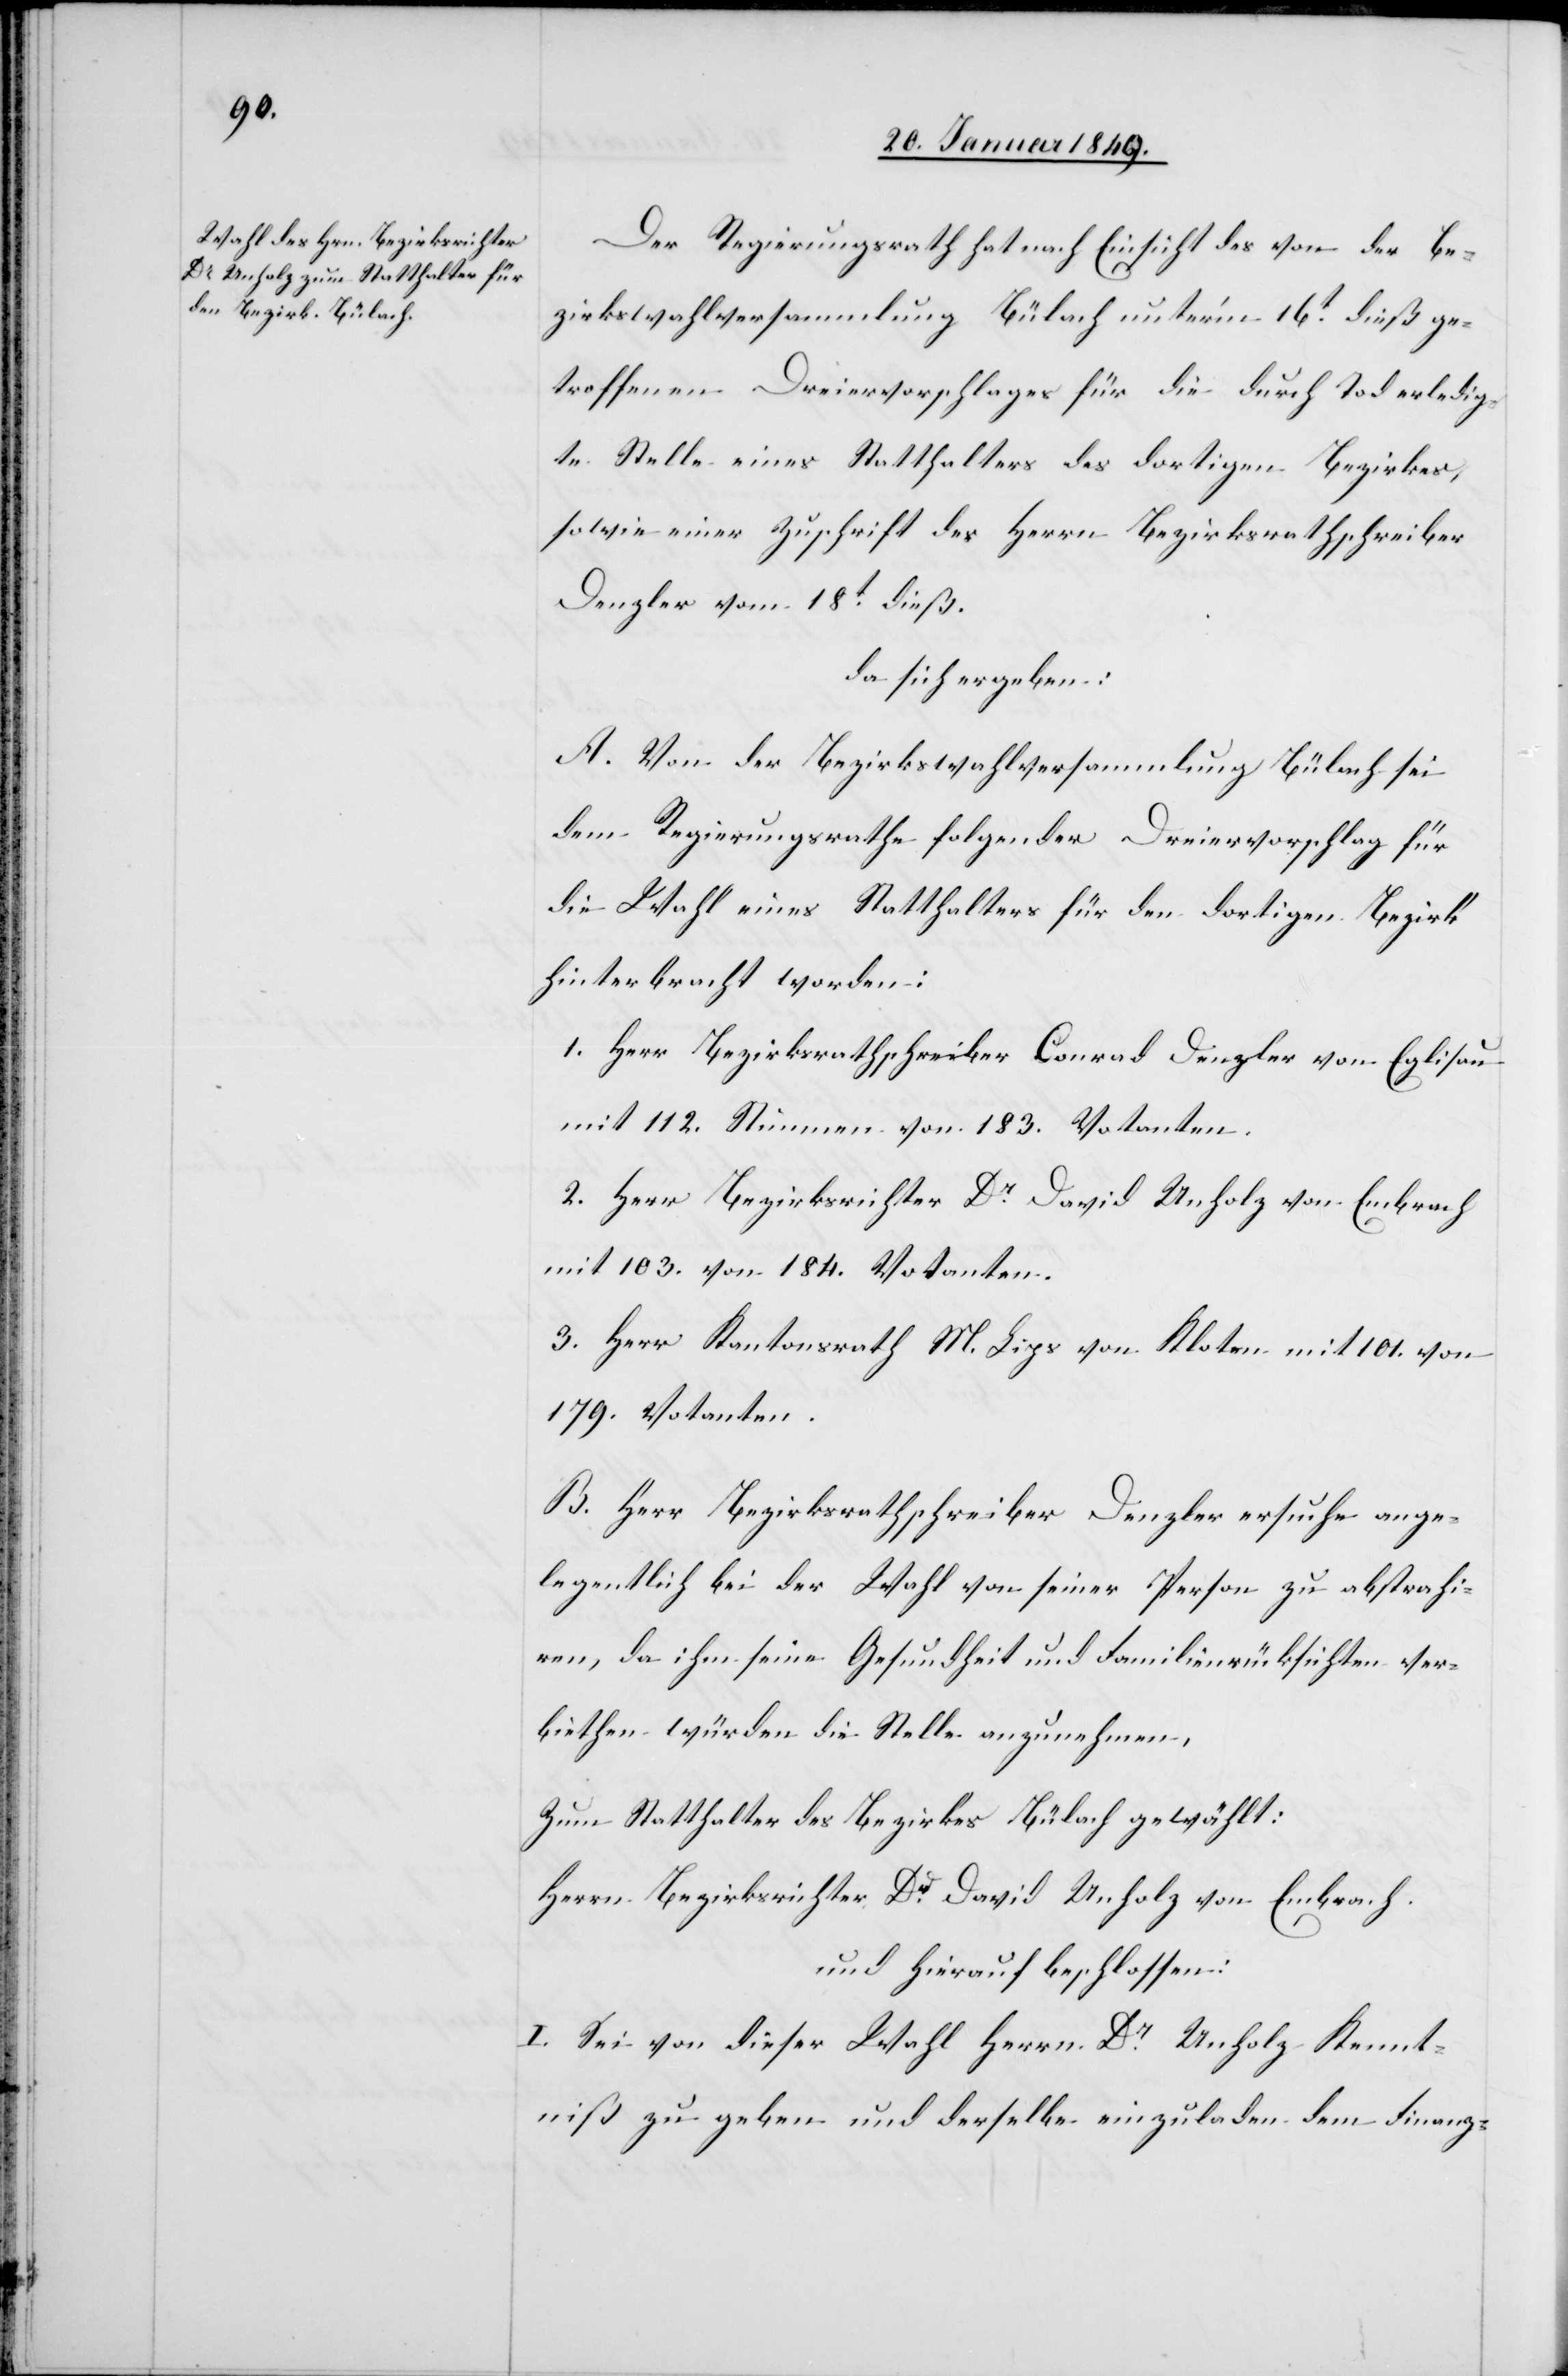
Der Regierungsrath hat nach Einsicht des von der Be¬
zirkswahlversammlung Bülach unter’m 16t. dieß ge¬
troffenen Dreiervorschlages für die durch Tod erledig¬
te Stelle eines Statthalters des dortigen Bezirkes,
sowie einer Zuschrift des Herrn Bezirksrathschreiber
Denzler vom 18t. dieß.
da sich ergeben:
A. Von der Bezirkswahlversammlung Bülach sei
dem Regierungsrathe folgender Dreiervorschlag für
die Wahl eines Statthalters für den dortigen Bezirk
hinterbracht worden:
1. Herr Bezirksrathschreiber Conrad Denzler von Eglisau
mit 112. Stimmen von 183. Votanten.
2. Herr Bezirksrichter Dr. David Unholz von Embrach
mit 103. von 184. Votanten.
3. Herr Kantonsrath M. Lips von Kloten mit 101. von
179. Votanten.
B. Herr Bezirksrathschreiber Denzler ersuche ange¬
legentlich bei der Wahl von seiner Person zu abstrahi¬
ren, da ihm seine Gesundheit und Familienrücksichten ver¬
biethen würden die Stelle anzunehmen,
Zum Statthalter des Bezirkes Bülach gewählt:
Herrn Bezirksrichter Dr. David Unholz von Embrach.
und hierauf beschlossen:
I. Sei von dieser Wahl Herrn Dr. Unholz Kennt¬
niß zu geben und derselbe einzuladen dem Finanz-